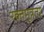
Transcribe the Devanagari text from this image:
रक्तमूत्रता